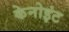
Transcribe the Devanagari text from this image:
केनोइंट